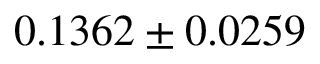
0 . 1 3 6 2 \pm 0 . 0 2 5 9